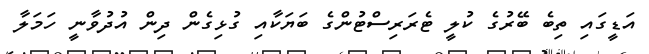
އަޑީގައި ތިބެ ބޭރުގެ ކުލީ ޓެރަރިސްޓުންގެ ބަޔަކާއި ގުޅިގެން ދިން އުދުވާނީ ހަމަލާ